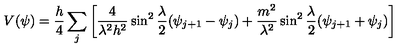
V ( \psi ) = \frac { h } { 4 } \sum _ { j } \left[ \frac { 4 } { \lambda ^ { 2 } h ^ { 2 } } \sin ^ { 2 } \frac { \lambda } { 2 } ( \psi _ { j + 1 } - \psi _ { j } ) + \frac { m ^ { 2 } } { \lambda ^ { 2 } } \sin ^ { 2 } \frac { \lambda } { 2 } ( \psi _ { j + 1 } + \psi _ { j } ) \right]